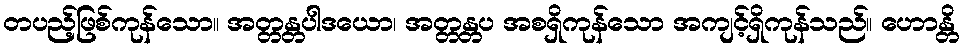
တပည့်ဖြစ်ကုန်သော။ အတ္တန္တပါဒယော၊ အတ္တန္တပ အစရှိကုန်သော အကျင့်ရှိကုန်သည်။ ဟောန္တိ